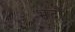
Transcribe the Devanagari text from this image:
भदौं